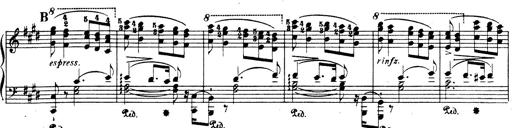
Title: Rhapsodie espagnole
Composer: Franz Liszt